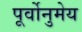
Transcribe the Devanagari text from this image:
पूर्वोनुमेय